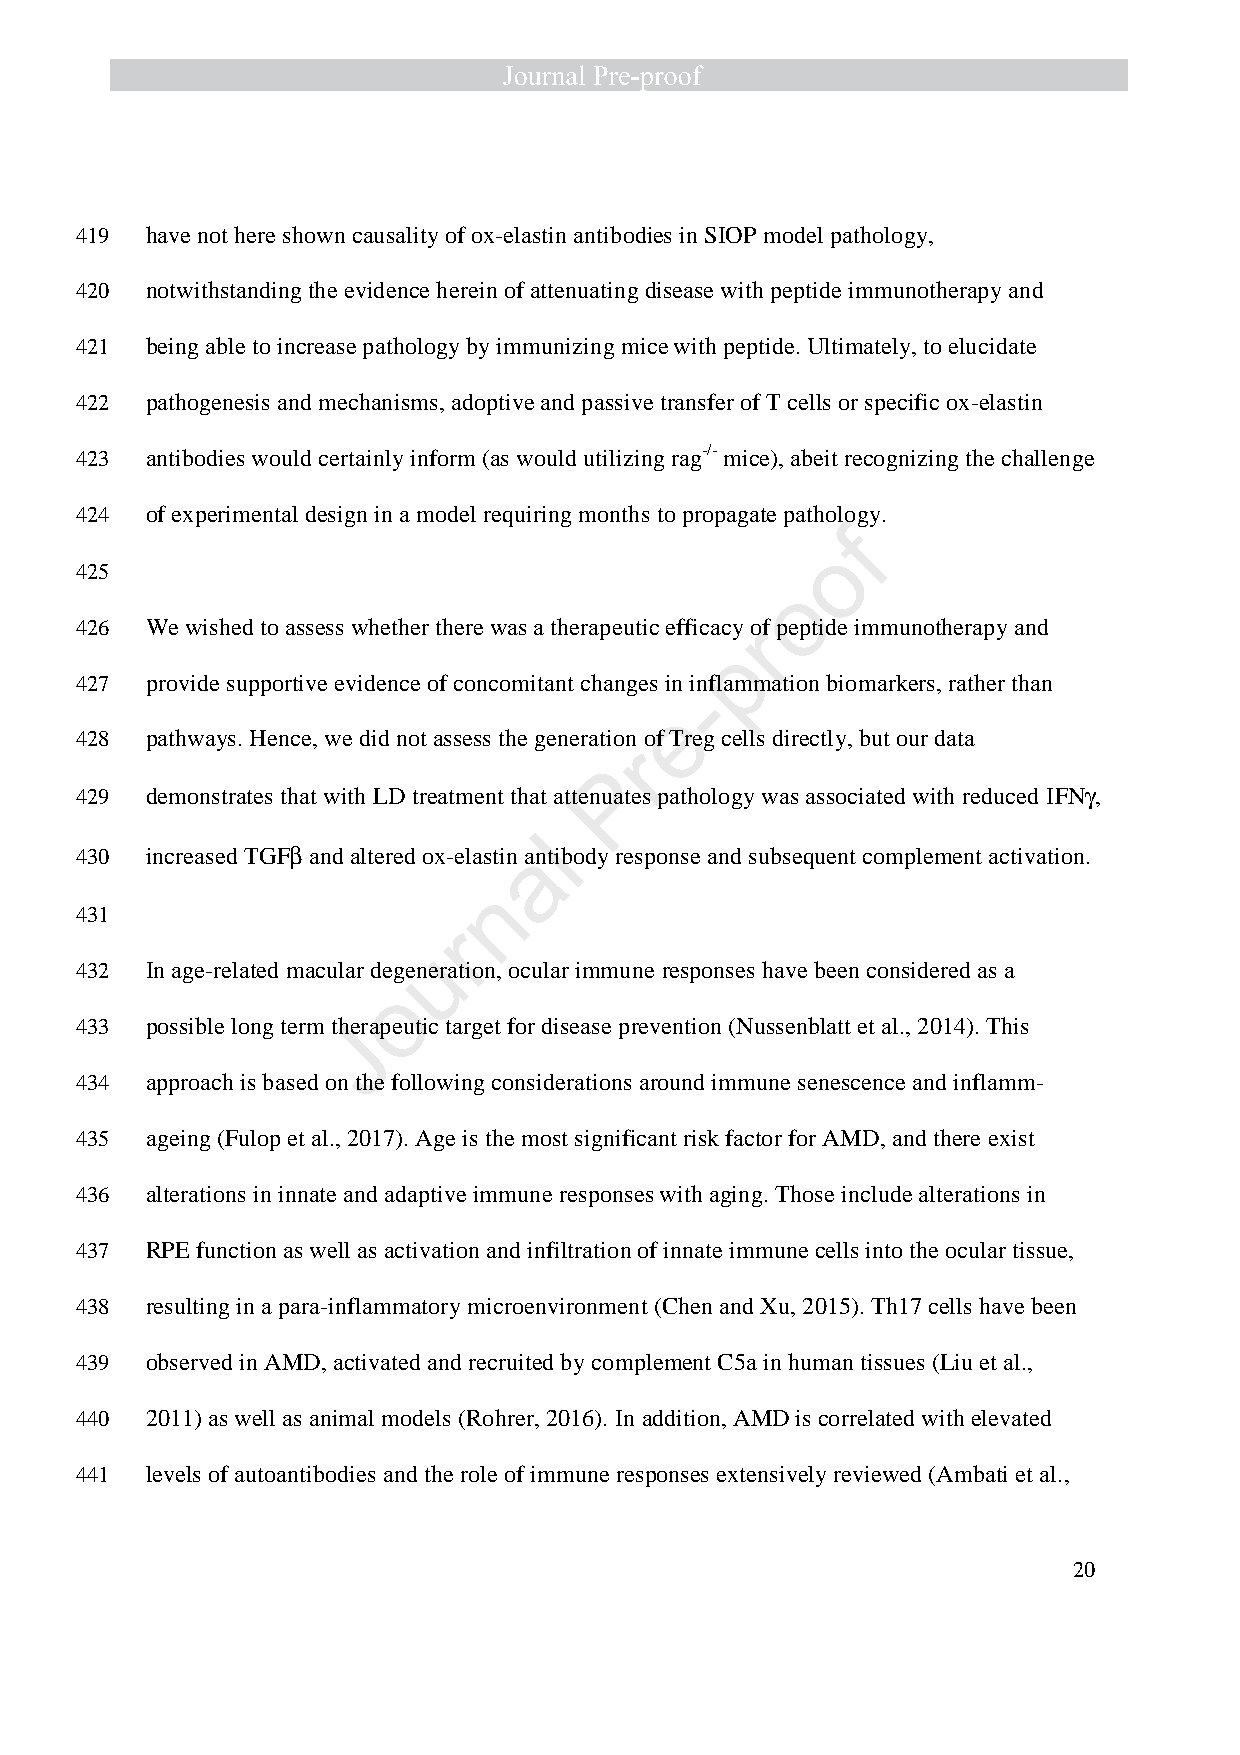
419  have not here shown causality of ox-elastin antibodies in SIOP model pathology,
 420  notwithstanding the evidence herein of attenuating disease with peptide immunotherapy and
 421  being able to increase pathology by immunizing mice with peptide. Ultimately, to elucidate
 422  pathogenesis and mechanisms, adoptive and passive transfer of T cells or specific ox-elastin
 423  antibodies would certainly inform (as would utilizing rag-/- mice), abeit recognizing the challenge
 424  of experimental design in a model requiring months to propagate pathology.
 f
 o
 425
 o
 426  We wished to assess whether there was a therapeutic efficacy orf peptide immunotherapy and
 p
 427  provide supportive evidence of concomitant changes in inflammation biomarkers, rather than
 -
 e
 428  pathways. Hence, we did not assess the generation of Treg cells directly, but our data
 r
 P
 429  demonstrates that with LD treatment that attenuates pathology was associated with reduced IFNg ,
 l
 430  increased TGFb and altered ox-elastin aantibody response and subsequent complement activation.
 n
 431
 r
 u
 432  In age-related macular degeneration, ocular immune responses have been considered as a
 o
 433  possible long term the Jrapeutic target for disease prevention (Nussenblatt et al., 2014). This
 434  approach is based on the following considerations around immune senescence and inflamm-
 435  ageing (Fulop et al., 2017). Age is the most significant risk factor for AMD, and there exist
 436  alterations in innate and adaptive immune responses with aging. Those include alterations in
 437  RPE function as well as activation and infiltration of innate immune cells into the ocular tissue,
 438  resulting in a para-inflammatory microenvironment (Chen and Xu, 2015). Th17 cells have been
 439  observed in AMD, activated and recruited by complement C5a in human tissues (Liu et al.,
 440  2011) as well as animal models (Rohrer, 2016). In addition, AMD is correlated with elevated
 441  levels of autoantibodies and the role of immune responses extensively reviewed (Ambati et al.,
 20